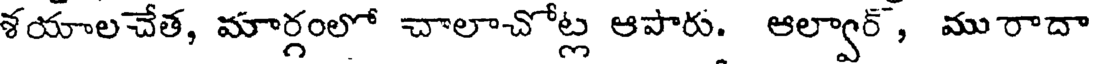
శయాలచేత, మార్గంలో చాలాచోట్ల ఆపారు. ఆల్వార్, ము రాదా